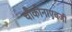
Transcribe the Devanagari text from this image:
चौकोनाएवजी